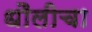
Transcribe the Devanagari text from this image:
धौलीचा